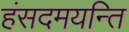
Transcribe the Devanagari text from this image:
हंसदमयन्ति